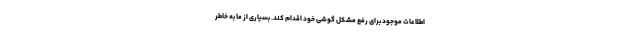
اطلاعات موجود برای رفع مشکل گوشی خود اقدام کند. بسیاری از ما به خاطر